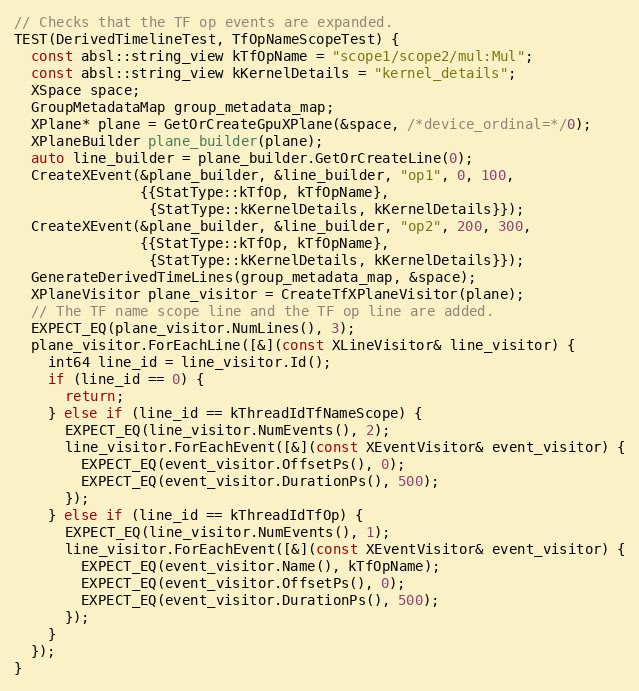
Language: C++
// Checks that the TF op events are expanded.
TEST(DerivedTimelineTest, TfOpNameScopeTest) {
  const absl::string_view kTfOpName = "scope1/scope2/mul:Mul";
  const absl::string_view kKernelDetails = "kernel_details";
  XSpace space;
  GroupMetadataMap group_metadata_map;
  XPlane* plane = GetOrCreateGpuXPlane(&space, /*device_ordinal=*/0);
  XPlaneBuilder plane_builder(plane);
  auto line_builder = plane_builder.GetOrCreateLine(0);
  CreateXEvent(&plane_builder, &line_builder, "op1", 0, 100,
               {{StatType::kTfOp, kTfOpName},
                {StatType::kKernelDetails, kKernelDetails}});
  CreateXEvent(&plane_builder, &line_builder, "op2", 200, 300,
               {{StatType::kTfOp, kTfOpName},
                {StatType::kKernelDetails, kKernelDetails}});
  GenerateDerivedTimeLines(group_metadata_map, &space);
  XPlaneVisitor plane_visitor = CreateTfXPlaneVisitor(plane);
  // The TF name scope line and the TF op line are added.
  EXPECT_EQ(plane_visitor.NumLines(), 3);
  plane_visitor.ForEachLine([&](const XLineVisitor& line_visitor) {
    int64 line_id = line_visitor.Id();
    if (line_id == 0) {
      return;
    } else if (line_id == kThreadIdTfNameScope) {
      EXPECT_EQ(line_visitor.NumEvents(), 2);
      line_visitor.ForEachEvent([&](const XEventVisitor& event_visitor) {
        EXPECT_EQ(event_visitor.OffsetPs(), 0);
        EXPECT_EQ(event_visitor.DurationPs(), 500);
      });
    } else if (line_id == kThreadIdTfOp) {
      EXPECT_EQ(line_visitor.NumEvents(), 1);
      line_visitor.ForEachEvent([&](const XEventVisitor& event_visitor) {
        EXPECT_EQ(event_visitor.Name(), kTfOpName);
        EXPECT_EQ(event_visitor.OffsetPs(), 0);
        EXPECT_EQ(event_visitor.DurationPs(), 500);
      });
    }
  });
}